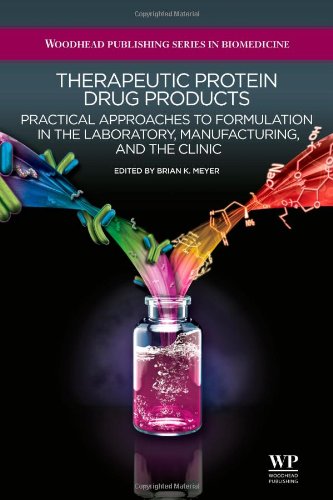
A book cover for Therapeutic Protein Drug Products: Practical Approaches to formulation in the Laboratory, Manufacturing, and the Clinic (Woodhead Publishing Series in Biomedicine); Medical Books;